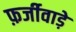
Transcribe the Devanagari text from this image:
फ़र्जीवाड़े